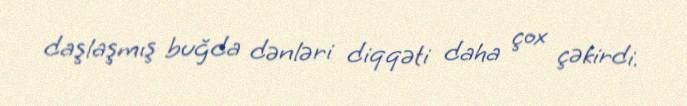
daşlaşmış buğda dənləri diqqəti daha çox çəkirdi.